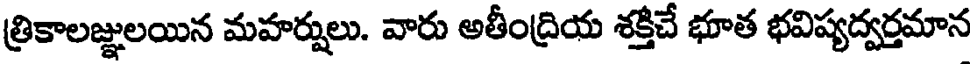
త్రికాలజ్ఞులయిన మహర్షులు. వారు అతీంద్రియ శక్తిచే భూత భవిష్యద్వర్తమాన